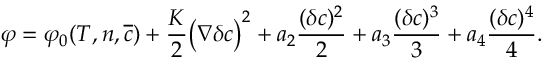
\begin{array} { l } { \displaystyle { \varphi = \varphi _ { 0 } ( T , n , \overline { { c } } ) + \frac { K } { 2 } \big ( \nabla \delta c \big ) ^ { 2 } + a _ { 2 } \frac { ( \delta c ) ^ { 2 } } { 2 } + a _ { 3 } \frac { ( \delta c ) ^ { 3 } } { 3 } + a _ { 4 } \frac { ( \delta c ) ^ { 4 } } { 4 } . } } \end{array}